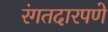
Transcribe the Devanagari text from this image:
रंगतदारपणे